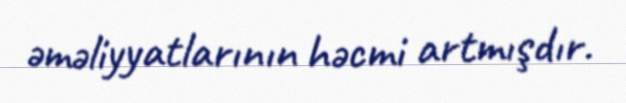
əməliyyatlarının həcmi artmışdır.